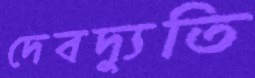
দেবদ্যুতি